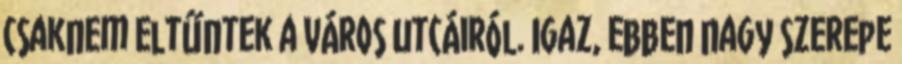
csaknem eltűntek a város utcáiról. Igaz, ebben nagy szerepe